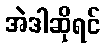
အဲဒါဆိုရင်